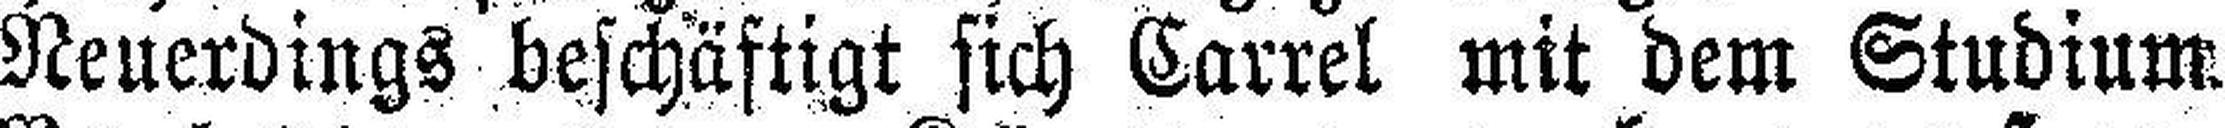
Neuerdings beschäftigt sich Carrel mit dem Studium